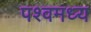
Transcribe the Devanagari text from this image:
पश्वमध्य